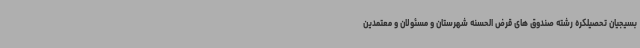
بسیجیان تحصیلکره رشته صندوق های قرض الحسنه شهرستان و مسئولان و معتمدین